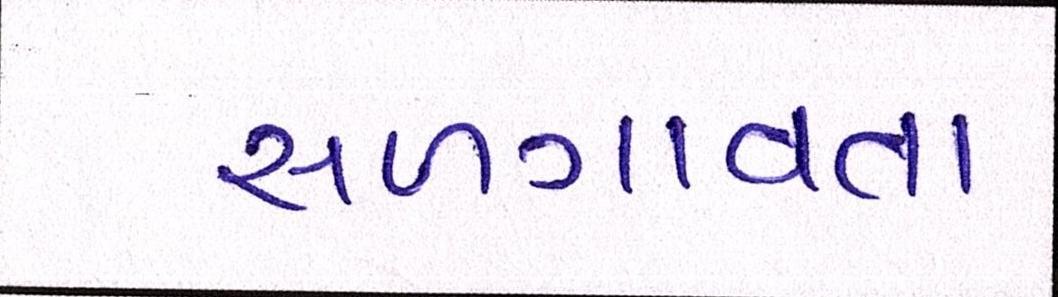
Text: સળગાવતા